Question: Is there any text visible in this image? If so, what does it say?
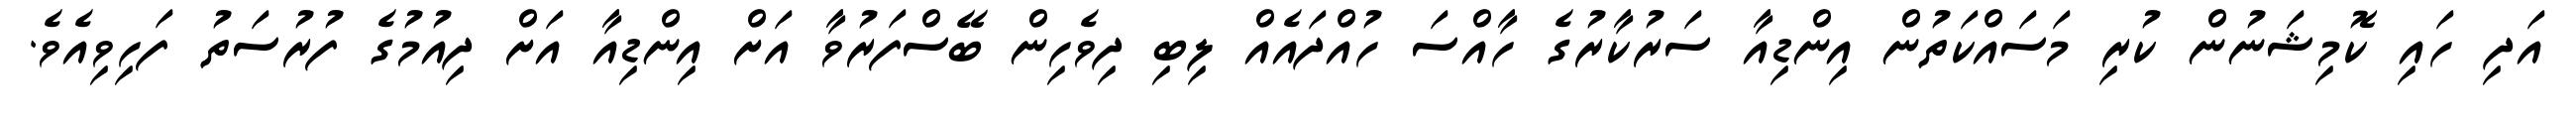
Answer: އަދި ހައި ކޮމިޝަނުން ކުރި މަސައްކަތުން އިންޑިއާ ސަރުކާރުގެ ހާއްސަ ހުއްދައެއް ލިބި ދިވެހިން ބޭސްފަރުވާ އަށް އިންޑިއާ އަށް ދިއުމުގެ ފުރުސަތު ފަހިވިއެވެ.